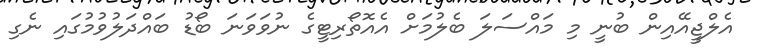
އެލްޖީއޭއިން ބުނީ މި މައްސަލަ ބެލުމަށް އެއޮތޯރިޓީގެ ނުވަވަނަ ބޯޑު ބައްދަލުވުމުގައި ނެގި